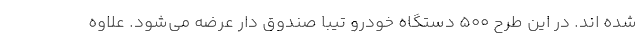
شده اند. در این طرح ۵۰۰ دستگاه خودرو تیبا صندوق دار عرضه می‌شود. علاوه